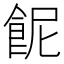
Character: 𩚯